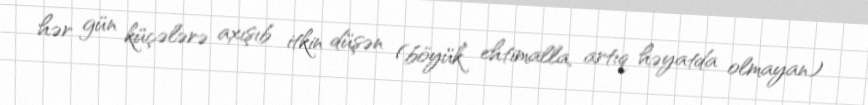
hər gün küçələrə axışıb itkin düşən (böyük ehtimalla, artıq həyatda olmayan)